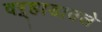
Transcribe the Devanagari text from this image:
वऱ्हाडातले